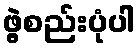
ဖွဲ့စည်းပုံပါ